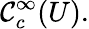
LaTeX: \mathcal{C}_{c}^{\infty}(U).